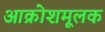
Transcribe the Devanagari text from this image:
आक्रोशमूलक